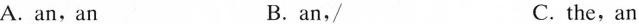
A.an,an B.an, / C. the,an